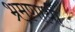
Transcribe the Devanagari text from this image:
भ्रमणार्थी